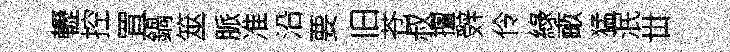
轣控罝鍋筮脈准沿要旧苍叔擅辤伶綠畞猛泯丗